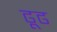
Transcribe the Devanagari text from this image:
ढूढ